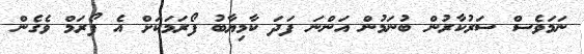
ނަމަވެސް ސަރުކާރުން ބުނަމުން އަންނަ ފަދަ ކާމިޔާބު ފޯރަމަކަށް އެ ފޯރަމް ވެގެން